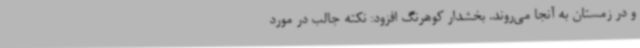
و در زمستان به آنجا می‌روند. بخشدار کوهرنگ افزود: نکته جالب در مورد